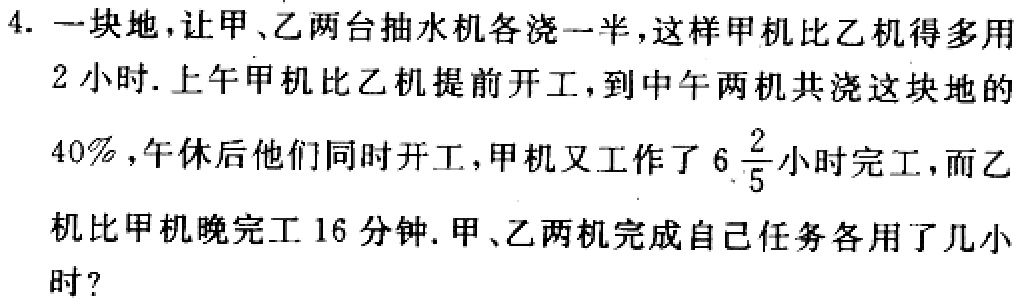
4. 一块地，让甲、乙两台抽水机各浇一半，这样甲机比乙机得多用
2 小时. 上午甲机比乙机提前开工，到中午两机共浇这块地的
40%，午休后他们同时开工，甲机又工作了\(6\frac{2}{5}\)小时完工，而乙
机比甲机晚完工 16 分钟. 甲、乙两机完成自己任务各用了几小
时？